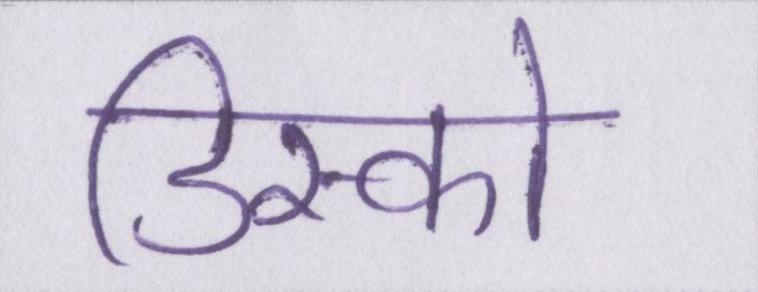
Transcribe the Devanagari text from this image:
डिस्को